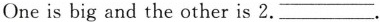
One is big and the other is 2.